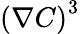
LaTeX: \left(\mathbf{\nabla}C\right)^{3}